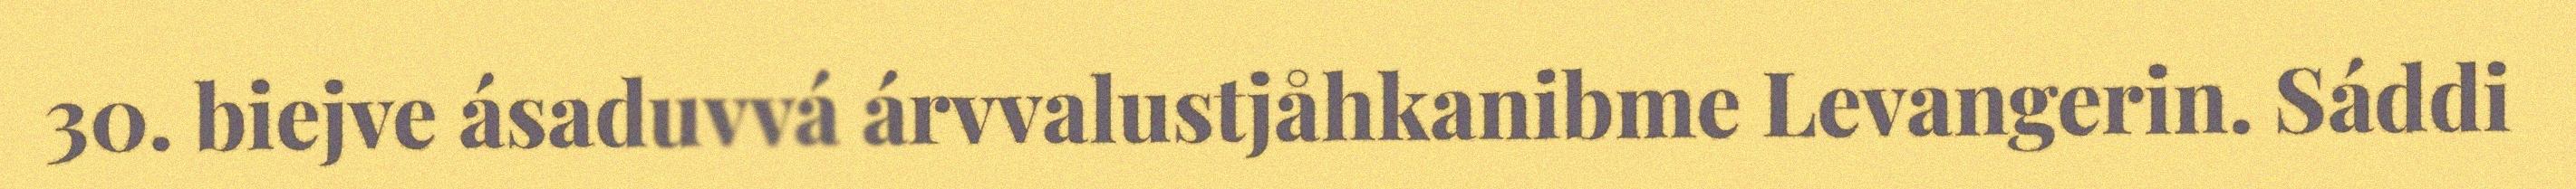
30. biejve ásaduvvá árvvalustjåhkanibme Levangerin. Sáddi